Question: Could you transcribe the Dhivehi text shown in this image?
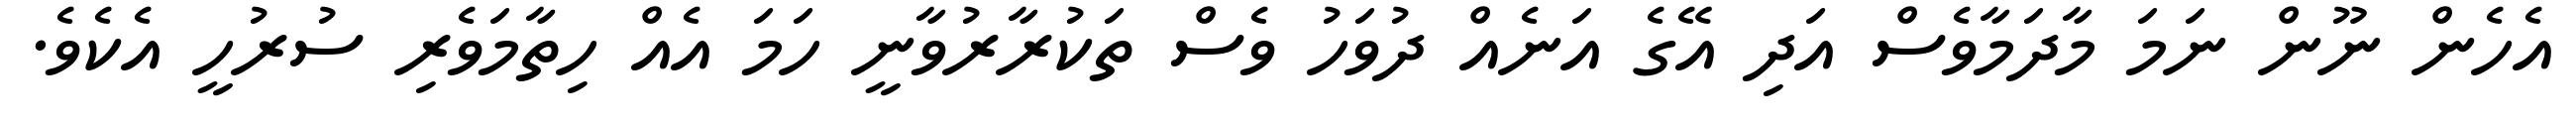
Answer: އެހެން ނޫން ނަމަ މާދަމާވެސް އަދި އޭގެ އަނެއް ދުވަހު ވެސް ތަކުރާރުވާނީ ހަމަ އެއް ހިތާމަވެރި ސުރުހީ އެކެވެ.